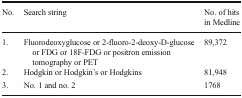
<table><thead><tr><td><b>No.</b></td><td><b>Search string</b></td><td><b>No. of hits in Medline</b></td></tr></thead><tbody><tr><td>1.</td><td>Fluorodeoxyglucose or 2-fluoro-2-deoxy-D-glucose or FDG or 18F-FDG or positron emission tomography or PET</td><td>89,372</td></tr><tr><td>2.</td><td>Hodgkin or Hodgkin’s or Hodgkins</td><td>81,948</td></tr><tr><td>3.</td><td>No. 1 and no. 2</td><td>1768</td></tr></tbody></table>